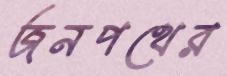
জনপথের